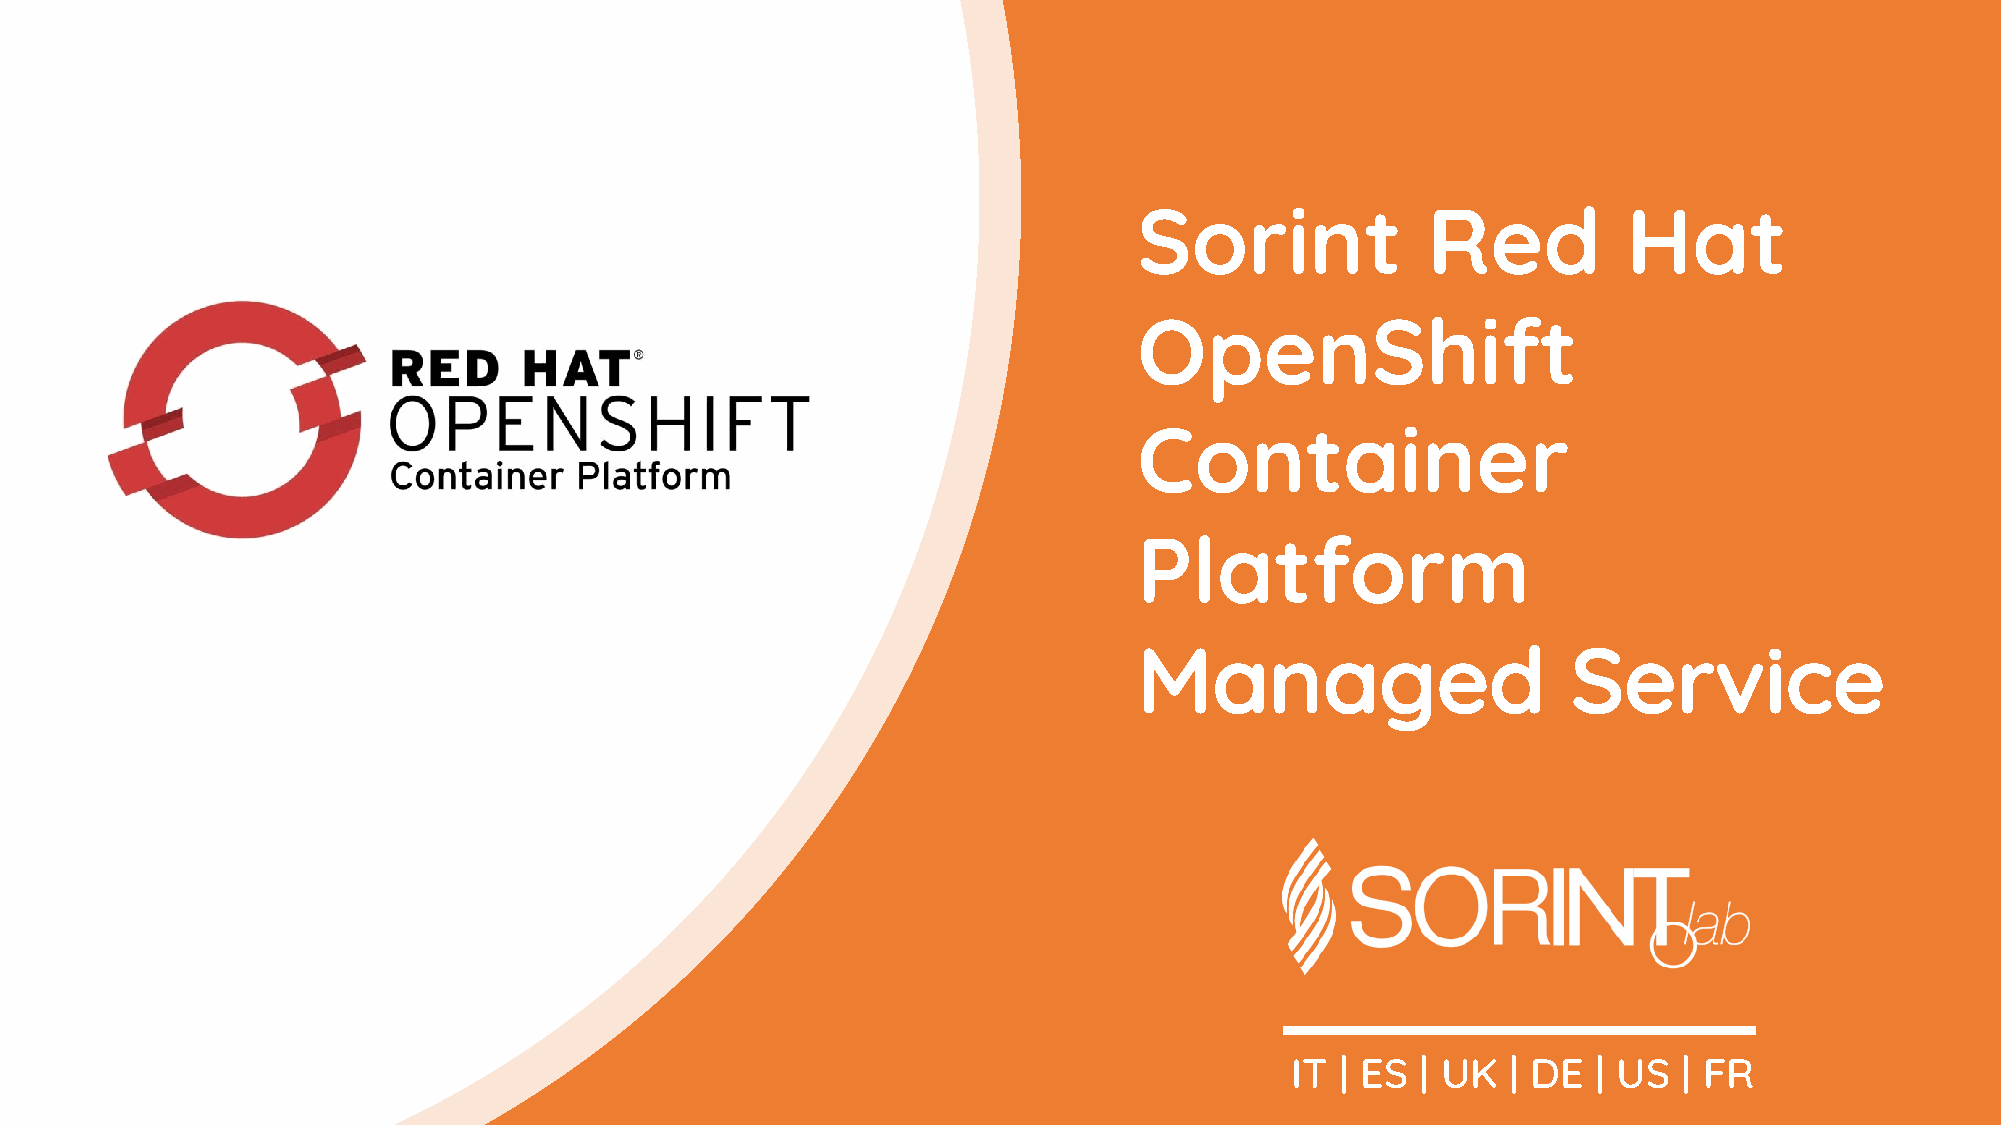
Sorint             Red           Hat
 OpenShift
 Container
 Platform
 Managed                      Service
 WELCOME              TO     THE      NEW       ERA      OF     IT   SERVICES
 IT  | ES | UK  | DE  | US | FR
 confidential